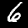
Label: 6